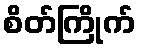
စိတ်ကြိုက်